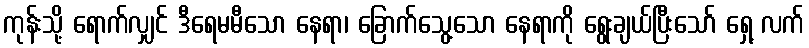
ကုန်းသို့ ရောက်လျှင် ဒီရေမမီသော နေရာ၊ ခြောက်သွေ့သော နေရာကို ရွေးချယ်ပြီးသော် ရှေ့ လက်